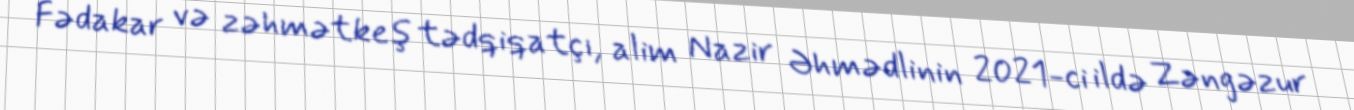
Fədakar və zəhmətkeş tədqiqatçı, alim Nazir Əhmədlinin 2021-ci ildə Zəngəzur